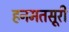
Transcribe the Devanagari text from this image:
हनमतसूरी